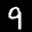
Label: 9